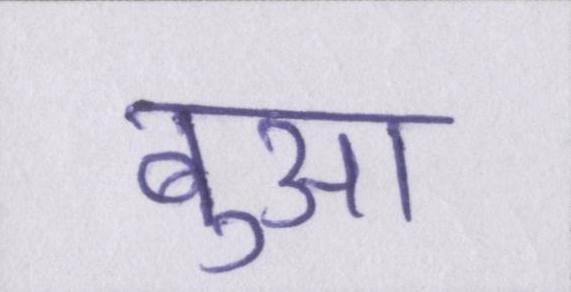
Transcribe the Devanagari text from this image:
बुआ